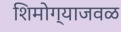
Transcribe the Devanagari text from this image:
शिमोग्याजवळ